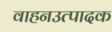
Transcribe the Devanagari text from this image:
वाहनउत्पादक